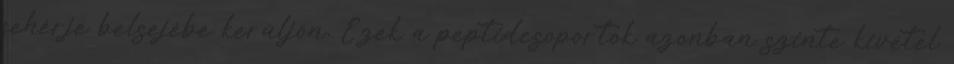
fehérje belsejébe kerüljön. Ezek a peptidcsoportok azonban szinte kivétel